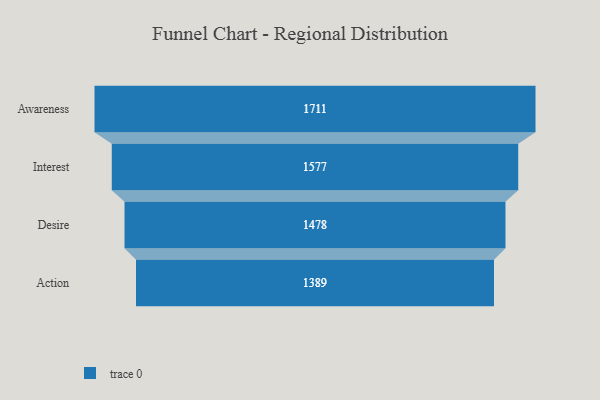
{"axis": {"x": "Stage", "y": "Value"}, "legend": [""], "data": [{"x": "Awareness", "y": 1711.0, "type": ""}, {"x": "Interest", "y": 1577.0, "type": ""}, {"x": "Desire", "y": 1478.0, "type": ""}, {"x": "Action", "y": 1389.0, "type": ""}]}